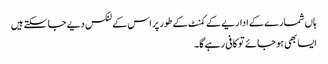
ہاں شمارے کے اداریے کے کمنٹ کے طور پر اس کے لنکس دیے جا سکتے ہیں
ایسا بھی ہو جائے تو کافی رہے گا۔